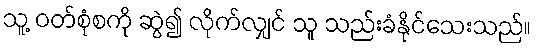
သူ့ ဝတ်စုံစကို ဆွဲ၍ လိုက်လျှင် သူ သည်းခံနိုင်သေးသည်။